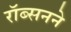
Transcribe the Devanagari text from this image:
रॉब्सनने